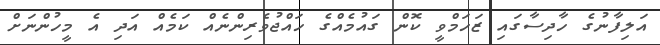
އަލިފާނުގެ ހާދިސާގައި ޒަހަމްވީ ކޮން ގައުމެއްގެ ހައްޖުވެރިންނެއް ކަމެއް އަދި އެ މީހުންނަށް